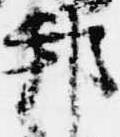
邦